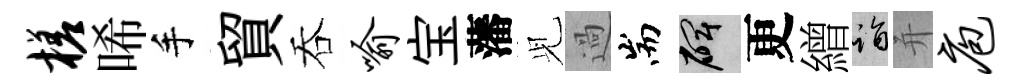
槎唏手貿吞喻宝藩𫤗過耑碑更繒诣并庖